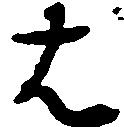
は